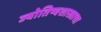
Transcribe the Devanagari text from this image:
ज्योतिष्यशास्त्राचा